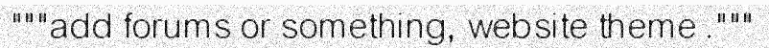
"""add forums or something, website theme ."""